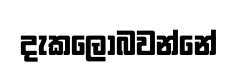
දැකලොබවන්නේ